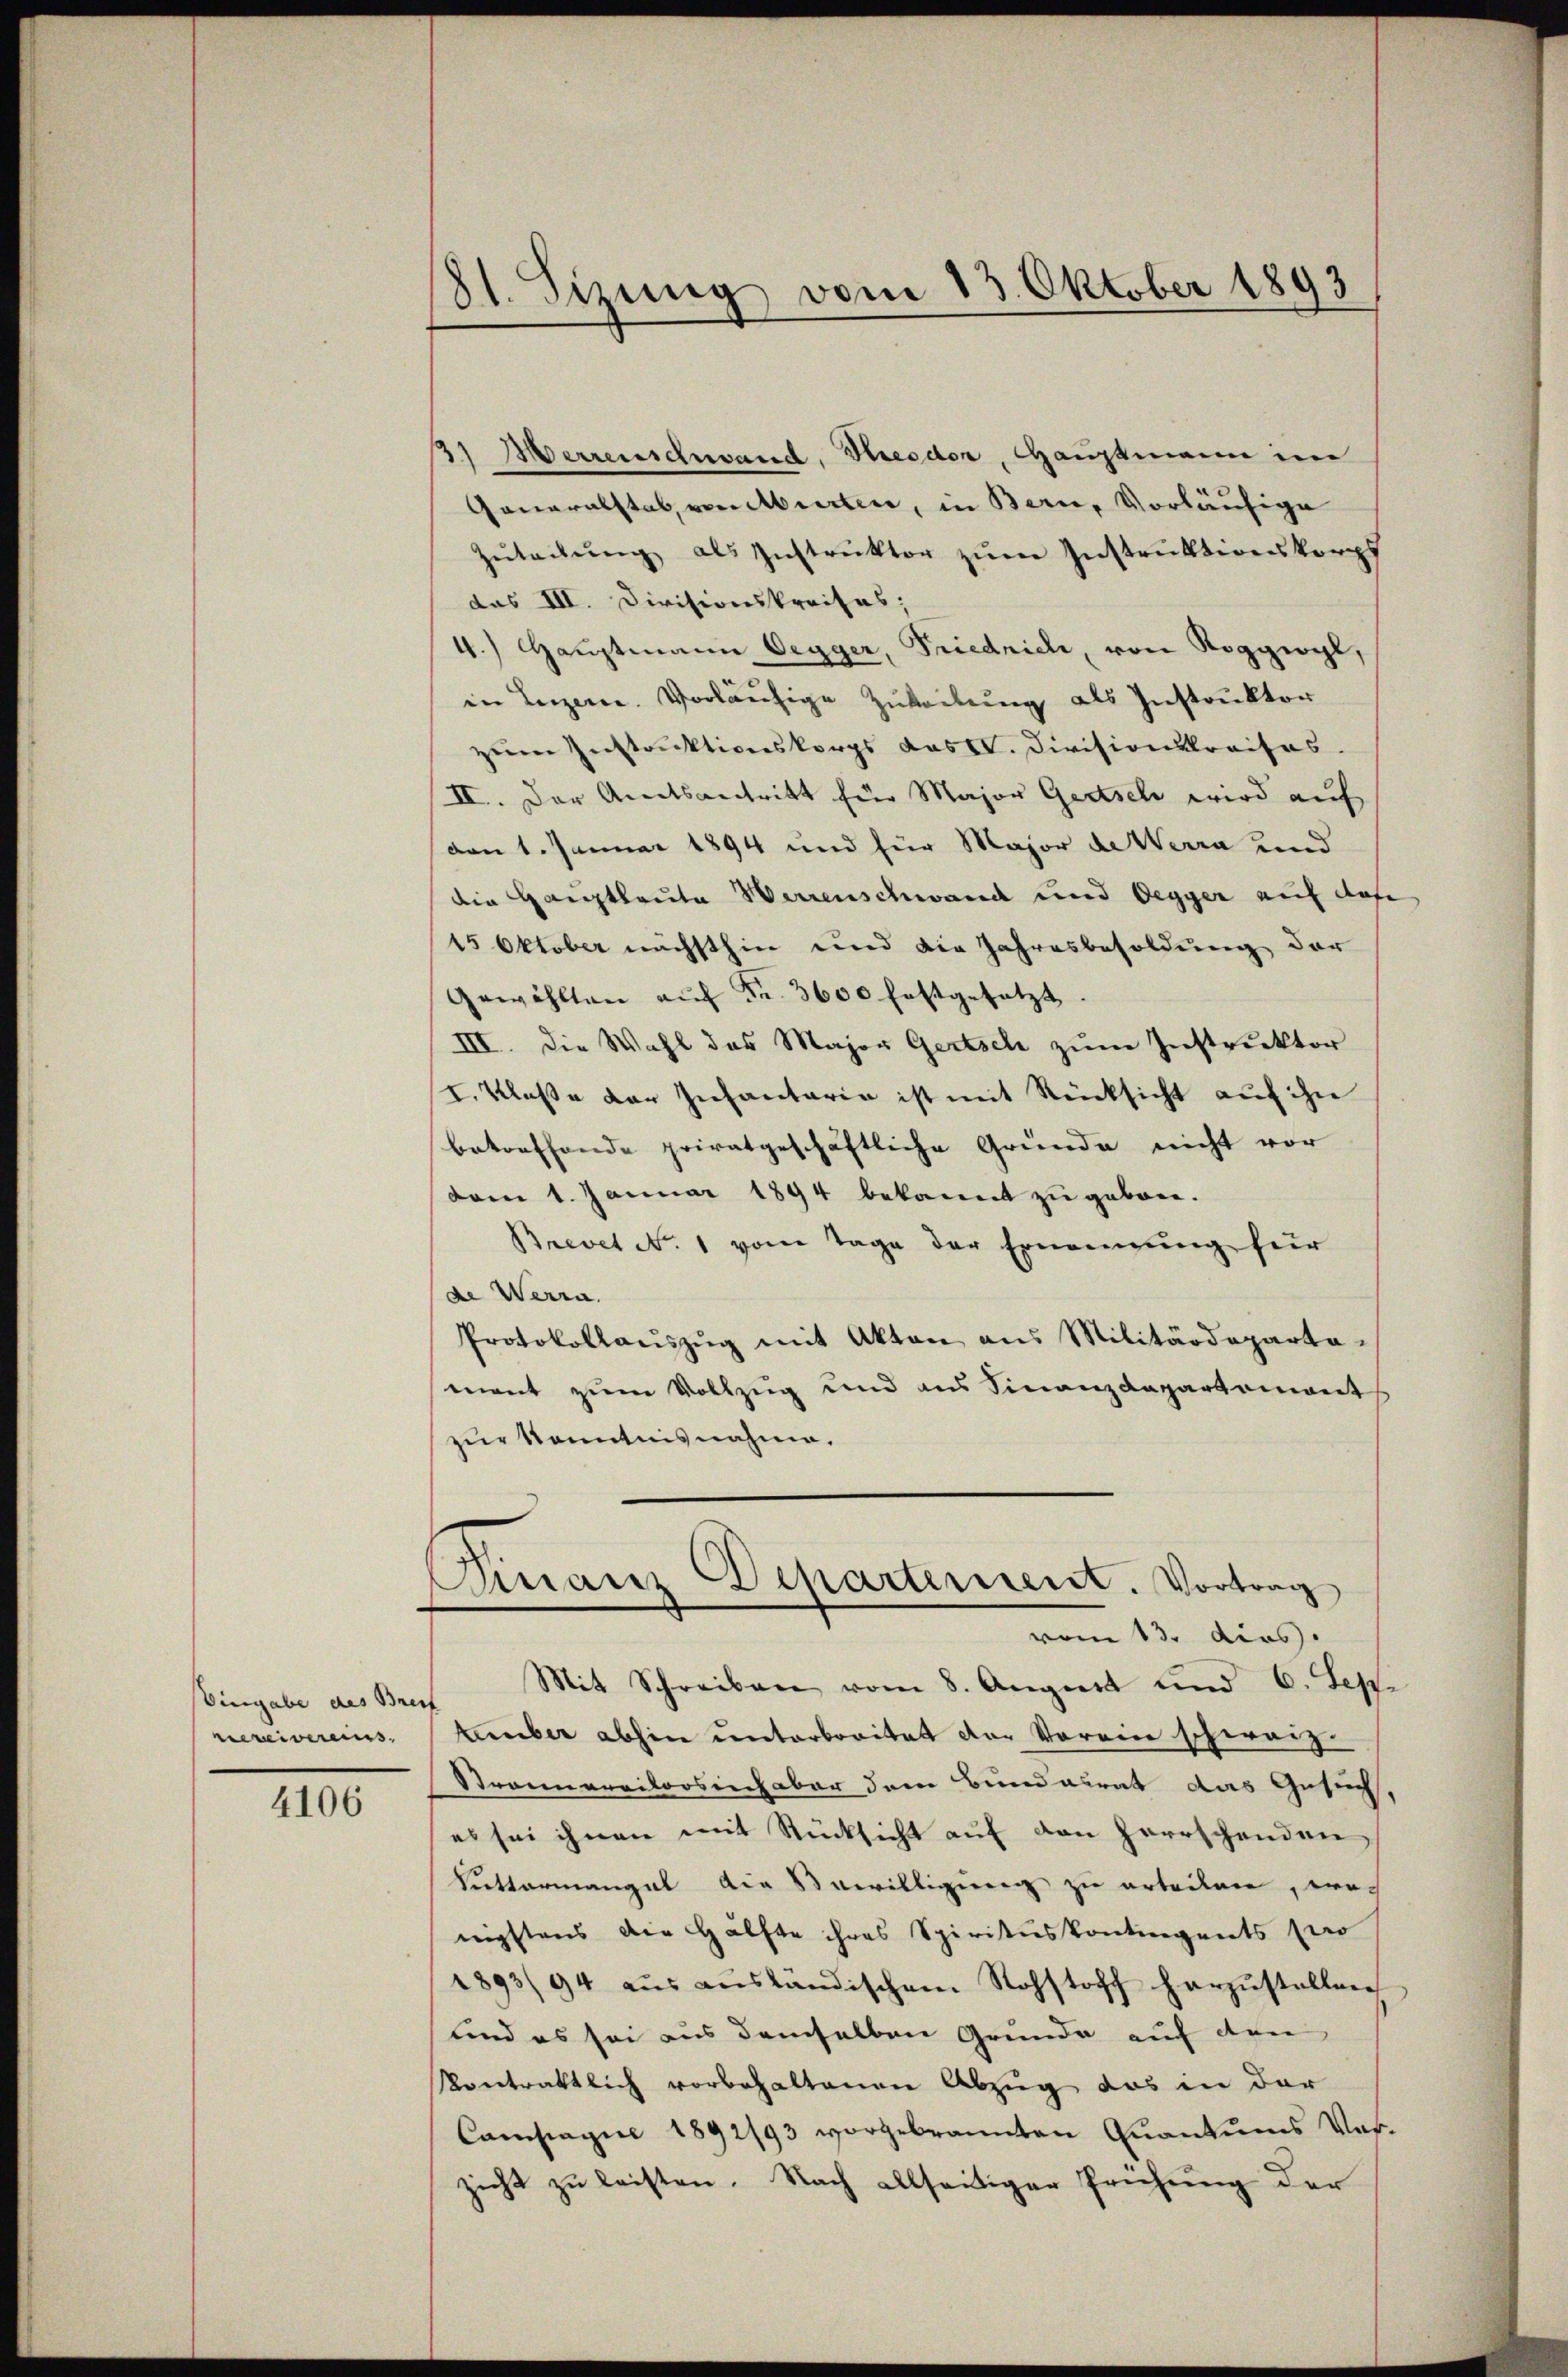
Eingabe des Breit
vereivereins.

4106

81. Sizung vom 13. Oktober 1893

3) errenschwand, Hresden, Hauptmann im
Generalstab, von Aberten, in Bern, Vorläufige
Zŭteilŭng als Instrŭktor zŭm Instrŭktionskorps
das III. Divisionskreises;
4.) Hauptmann Oegger, Friedrich, von Roggwyl,
in Luzerne. Vorläufige Zuteilung als Instruktor
zum Instruktionskorps das II. Divisionsreises.
II. Der Anatsantritt für Major Gertsch wird auf
von 1. Januar 1894 und für Major de Werra und
die Hauptleute Werrenschwand und Oegyer auf das
15 Oktober nächsthin und die Jahresbesoldung der
Gewählten aŭf Fr. 3600 festgesetzt.
III. Die Wahl des Major Gertsch zum Instruktor
I. Klaße der Infantaria ist mit Rücksicht auf ihn
betreffende privatgeschäftliche Gründe nicht vor
vom 1. Januar 1894 bekannt zu geborn.
Brevet N. 1 vom Tage der Ernennung für
de Werra
Protokollaŭszŭg mit Akten ans Militärdeparta-
mant zum Vollzug und aus Finanzdepartement
zur Kenntnisnahme.
Finanz-Departement. Vortrag
vom 13. dies
Mit Schreiben vom 8. Aŭgust und 6. Sep
tember abhin unterbreitet der Vorein schweiz.
Strauerritorsich aber dem Bundesrat das Gesuch,
es sei ihnen mit Rücksicht auf den Herrschenden,
Sittermangel die Bewilligung zu erteilen, wo-
nigstens die Hälfte ihres Spirituskontingents so
1893/94 aŭs aŭsländischem Rohstoff herzŭstellen
und es sei aus demselben Grunde auf den
Kontrattlich vorbehaltenen Abzug das in der
Campagne 1892/93 vorgebrannten Quantums Ver-
zicht zu leisten. Nach allseitiger Prüfung der